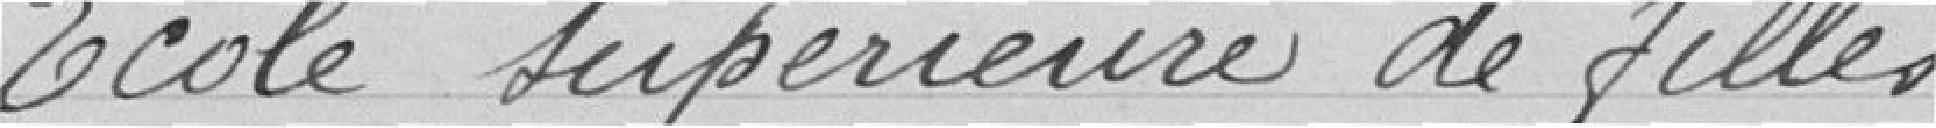
Ecole supérieure de filles